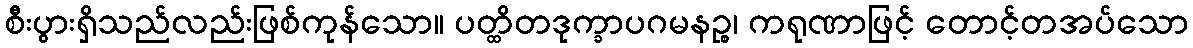
စီးပွားရှိသည်လည်းဖြစ်ကုန်သော။ ပတ္ထိတဒုက္ခာပဂမနဉ္စ၊ ကရုဏာဖြင့် တောင့်တအပ်သော